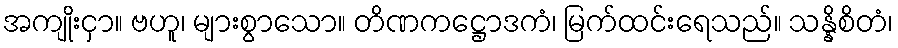
အကျိုးငှာ။ ဗဟူ၊ များစွာသော။ တိဏကဋ္ဌောဒကံ၊ မြက်ထင်းရေသည်။ သန္နိစိတံ၊